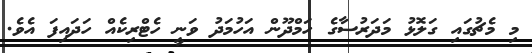
މި މެޗުގައި ގަލޮޅު މަދަރުސާގެ ހަމްދޫން އަހުމަދު ވަނީ ހެޓްރިކެއް ހަދައިފަ އެވެ.